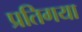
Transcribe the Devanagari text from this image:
प्रतिगया